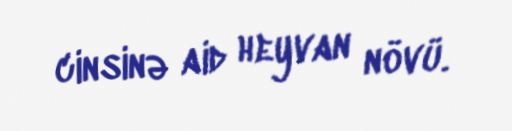
cinsinə aid heyvan növü.